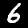
Label: 6